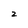
Character: 2